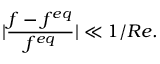
| \frac { f - f ^ { e q } } { f ^ { e q } } | \ll 1 / R e .